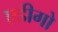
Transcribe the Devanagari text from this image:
एडीगो